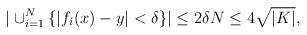
LaTeX: \begin{align*}|\cup_{i=1}^N\{|f_i(x)-y|< \delta\}|\leq 2\delta N\leq 4\sqrt{|K|},\end{align*}